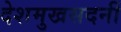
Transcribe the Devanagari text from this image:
देशमुखसदनीं